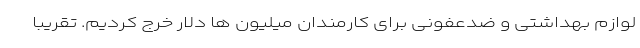
لوازم بهداشتی و ضدعفونی برای کارمندان میلیون ها دلار خرج کردیم. تقریبا